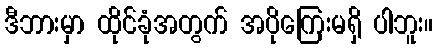
ဒီဘားမှာ ထိုင်ခုံအတွက် အပိုကြေးမရှိ ပါဘူး။